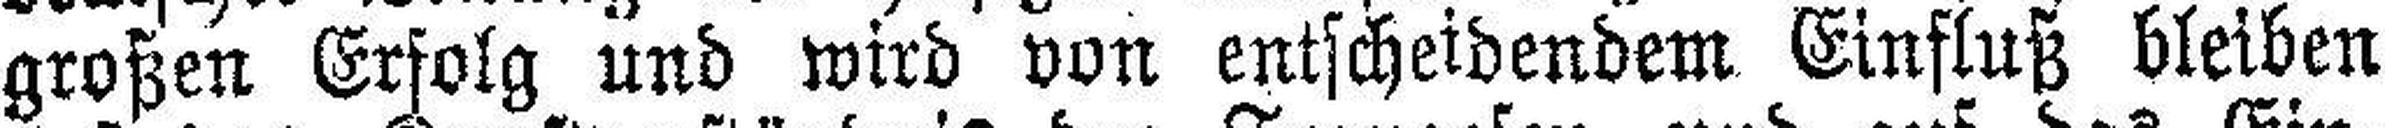
großen Erfolg und wird von entscheidendem Einfluß bleiben